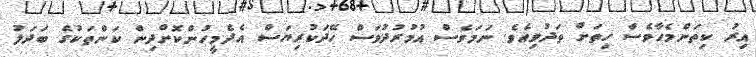
އިރު ކިތަންމެހާވެސް ހިތަށް ތަދުވިއެވެ. ނަމަވެސް އުމުރުދުވަސް ހޭދަކުރިޔަސް އެދެމީހުންކޮށްދިން ކަންތަކުގެ ބަދަލު